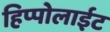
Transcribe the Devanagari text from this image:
हिप्पोलाईट